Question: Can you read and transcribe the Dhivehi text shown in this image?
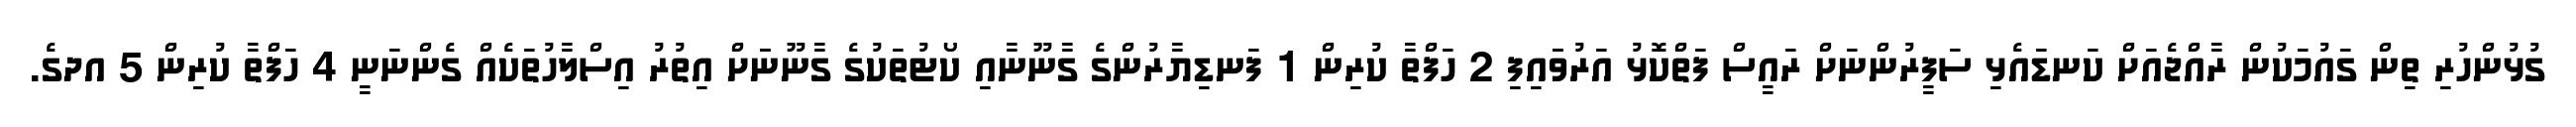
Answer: ގުޅުންހުރި ތިން ގައުމަކުން ރާއްޖެއަށް ކަނޑައެޅި ސަފީރުންނަށް ރައީސް ފަތްކޮޅު އަރުވަައިފި 2 ހަފްތާ ކުރިން 1 ފަނޑިޔާރުންގެ ގާނޫނާއި ކޯޓުތަކުގެ ގާނޫނަަށް އިތުރު އިސްލާހުތަކެއް ގެންނަނީ 4 ހަފްތާ ކުރިން 5 އދގެ.